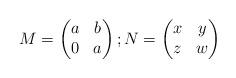
LaTeX: \begin{align*}M=\begin{pmatrix} a & b \\ 0 & a \end{pmatrix}; N=\begin{pmatrix} x & y \\ z & w \end{pmatrix}\end{align*}